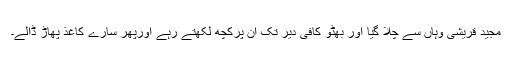
مجید قریشی وہاں سے چلا گیا اور بھٹو کافی دیر تک ان پرکچھ لکھتے رہے اورپھر سارے کاغذ پھاڑ ڈالے۔